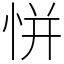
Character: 恲